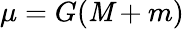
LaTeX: \mu=G(\mathit{M}+m)